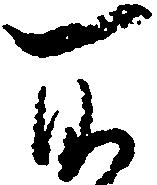
所